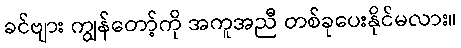
ခင်ဗျား ကျွန်တော့်ကို အကူအညီ တစ်ခုပေးနိုင်မလား။